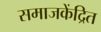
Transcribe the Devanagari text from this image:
समाजकेंद्रित